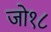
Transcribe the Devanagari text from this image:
जो१८